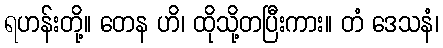
ရဟန်းတို့။ တေန ဟိ၊ ထိုသို့တပြီးကား။ တံ ဒေသနံ၊